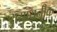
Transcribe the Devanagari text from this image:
रासायनीक